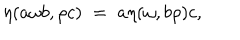
LaTeX: \eta ( a \omega b , \rho c ) \; = \; a \eta ( \omega , b \rho ) c ,